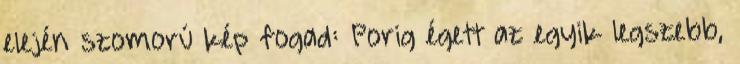
elején szomorú kép fogad: Porig égett az egyik legszebb,